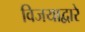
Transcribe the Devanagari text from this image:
विजयाद्वारे